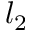
l _ { 2 }